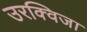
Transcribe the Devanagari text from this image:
उरक्विजा